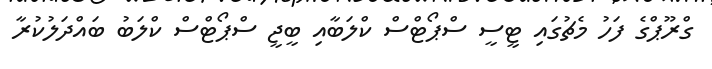
ގްރޫޕްގެ ފަހު މެޗުގައި ޓީސީ ސްޕޯޓްސް ކްލަބާއި ބީޖީ ސްޕޯޓްސް ކްލަބު ބައްދަލުކުރާ